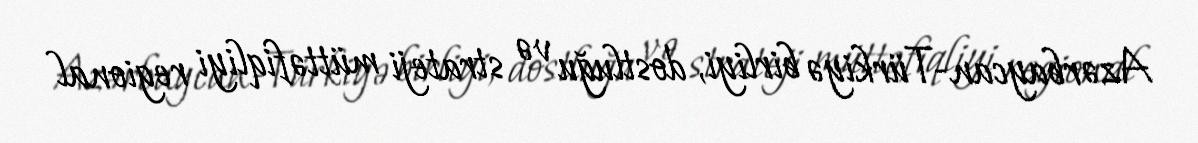
Azərbaycan-Türkiyə birliyi, dostluğu və strateji müttəfiqliyi regional